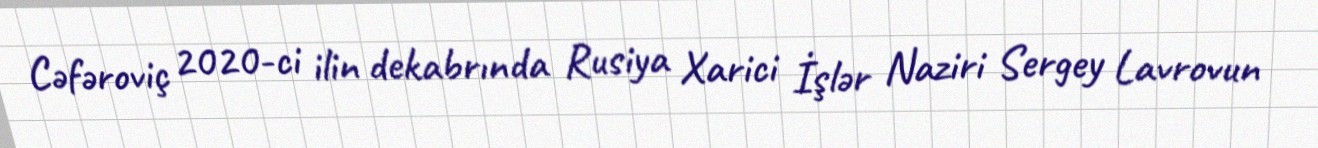
Cəfəroviç 2020-ci ilin dekabrında Rusiya Xarici İşlər Naziri Sergey Lavrovun